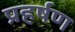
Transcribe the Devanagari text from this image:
प्रहर्षण